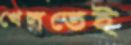
খেলতেই